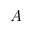
A